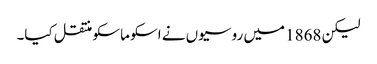
لیکن 1868 میں روسیوں نے اسکو ماسکو منتقل کیا۔